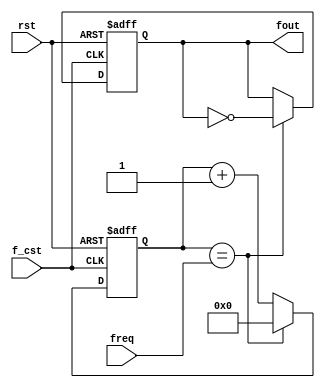
module freq_div(
    input rst,
    input f_cst,
    input [26:0]freq,
    output reg fout 
    );
    
reg [26:0] count;

always@(posedge f_cst or posedge rst)
if(rst)begin
    count <= 0;
    fout <= 0;
end
else if(count == freq) begin
    count <= 0;
    fout <= ~fout;
end
else
    count <= count+1;

endmodule